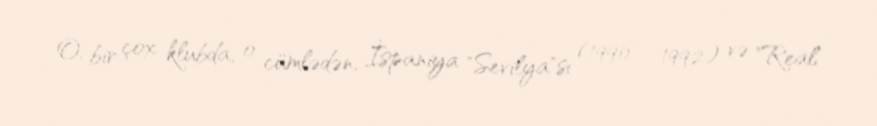
O, bir çox klubda, o cümlədən, İspaniya "Sevilya"sı (1990 - 1992) və "Real